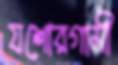
যশোরগামী